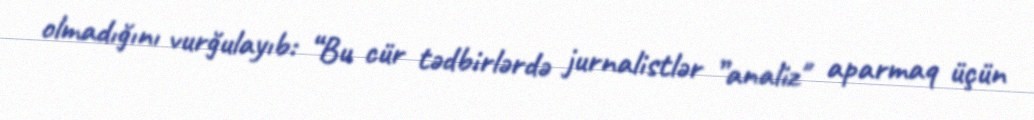
olmadığını vurğulayıb: “Bu cür tədbirlərdə jurnalistlər ”analiz" aparmaq üçün